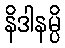
နိဒါနမ္ပိ